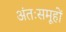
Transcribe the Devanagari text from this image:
अंतःसमूहों